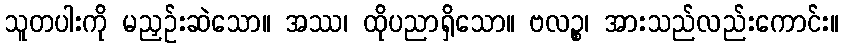
သူတပါးကို မညှဉ်းဆဲသော။ အဿ၊ ထိုပညာရှိသော။ ဗလဉ္စ၊ အားသည်လည်းကောင်း။